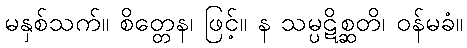
မနှစ်သက်။ စိတ္တေန၊ ဖြင့်။ န သမ္ပဋိစ္ဆတိ၊ ဝန်မခံ။